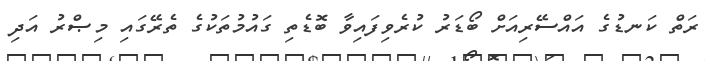
ރަތް ކަނޑުގެ އައްސޭރިއަށް ބޯޑަރު ކުރެވިފައިވާ ބޮޑެތި ގައުމުތަކުގެ ތެރޭގައި މިޞްރު އަދި